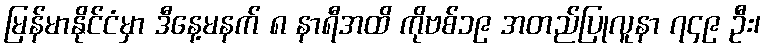
မြန်မာနိုင်ငံမှာ ဒီနေ့မနက် ၈ နာရီအထိ ကိုဗစ်၁၉ အတည်ပြုလူနာ ၇၄၉ ဦး၊